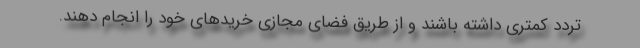
تردد کمتری داشته باشند و از طریق فضای مجازی خریدهای خود را انجام دهند.